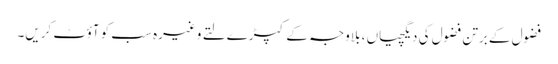
فضول کے برتن فضول کی دیگچیاں ، بلاوجہ کے کپڑے لتے وغیرہ سب کو آؤٹ کریں۔